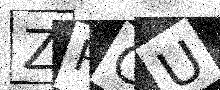
Text: ZRCU